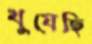
খুযেছি